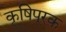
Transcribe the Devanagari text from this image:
कृषिपूरक